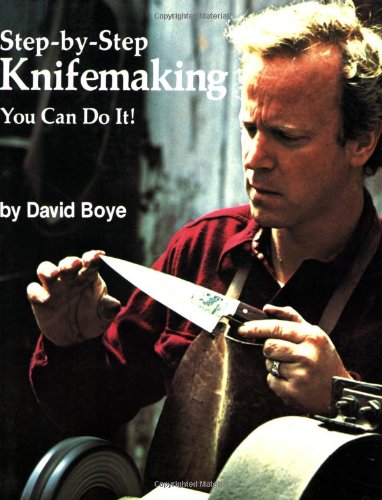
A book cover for Step-by-Step Knifemaking: You Can Do It!; David Boye; Crafts, Hobbies & Home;